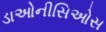
ડાઓનીસિઓસ